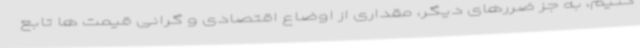
کنیم، به جز ضررهای دیگر، مقداری از اوضاع اقتصادی و گرانی قیمت ها تابع